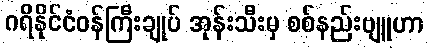
ဂရိနိုင်ငံဝန်ကြီးချုပ် အုန်းသီးမှ စစ်နည်းဗျူဟာ